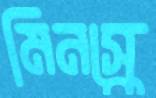
মিনস্কে